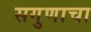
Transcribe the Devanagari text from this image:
सगुणाचा